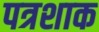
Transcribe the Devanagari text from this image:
पत्रशाक